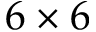
6 \times 6